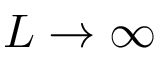
L \rightarrow \infty